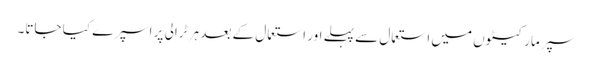
سپر مارکیٹوں میں استعمال سے پہلے اور استعمال کے بعد ہر ٹرالی پر اسپرے کیا جاتا۔